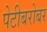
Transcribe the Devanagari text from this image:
पेटीबरोबर